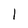
Character: 1